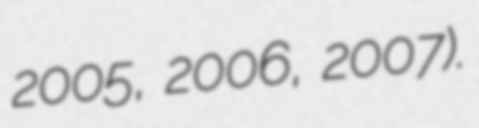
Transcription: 2005, 2006, 2007).